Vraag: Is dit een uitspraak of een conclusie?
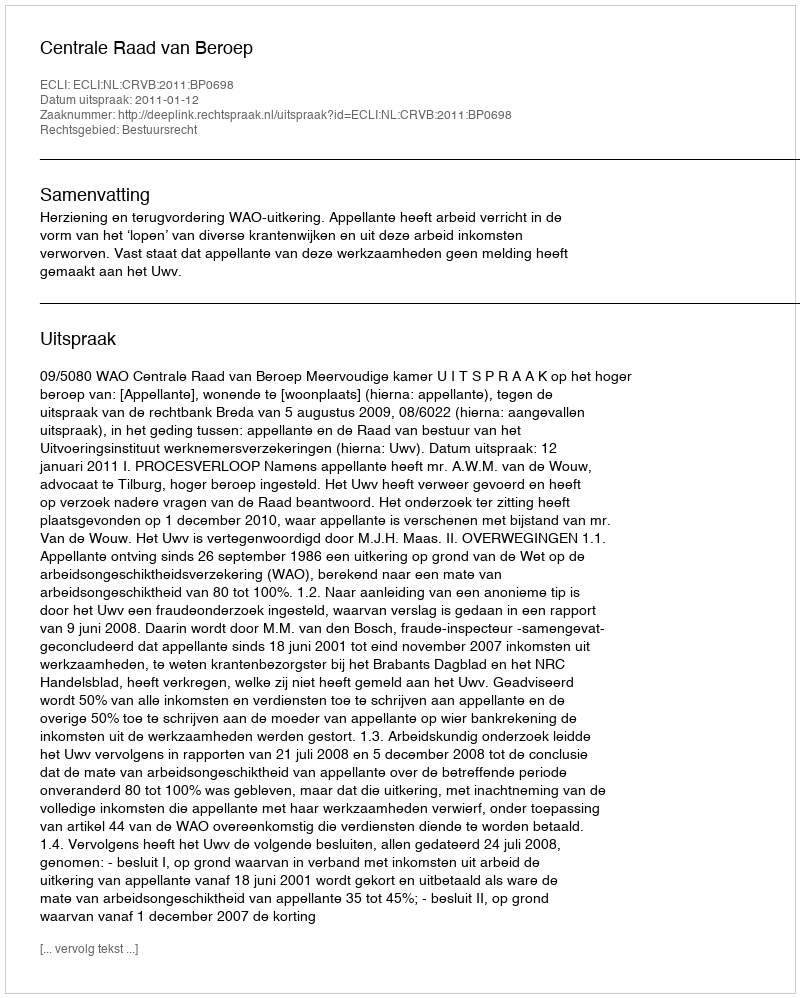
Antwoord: Uitspraak